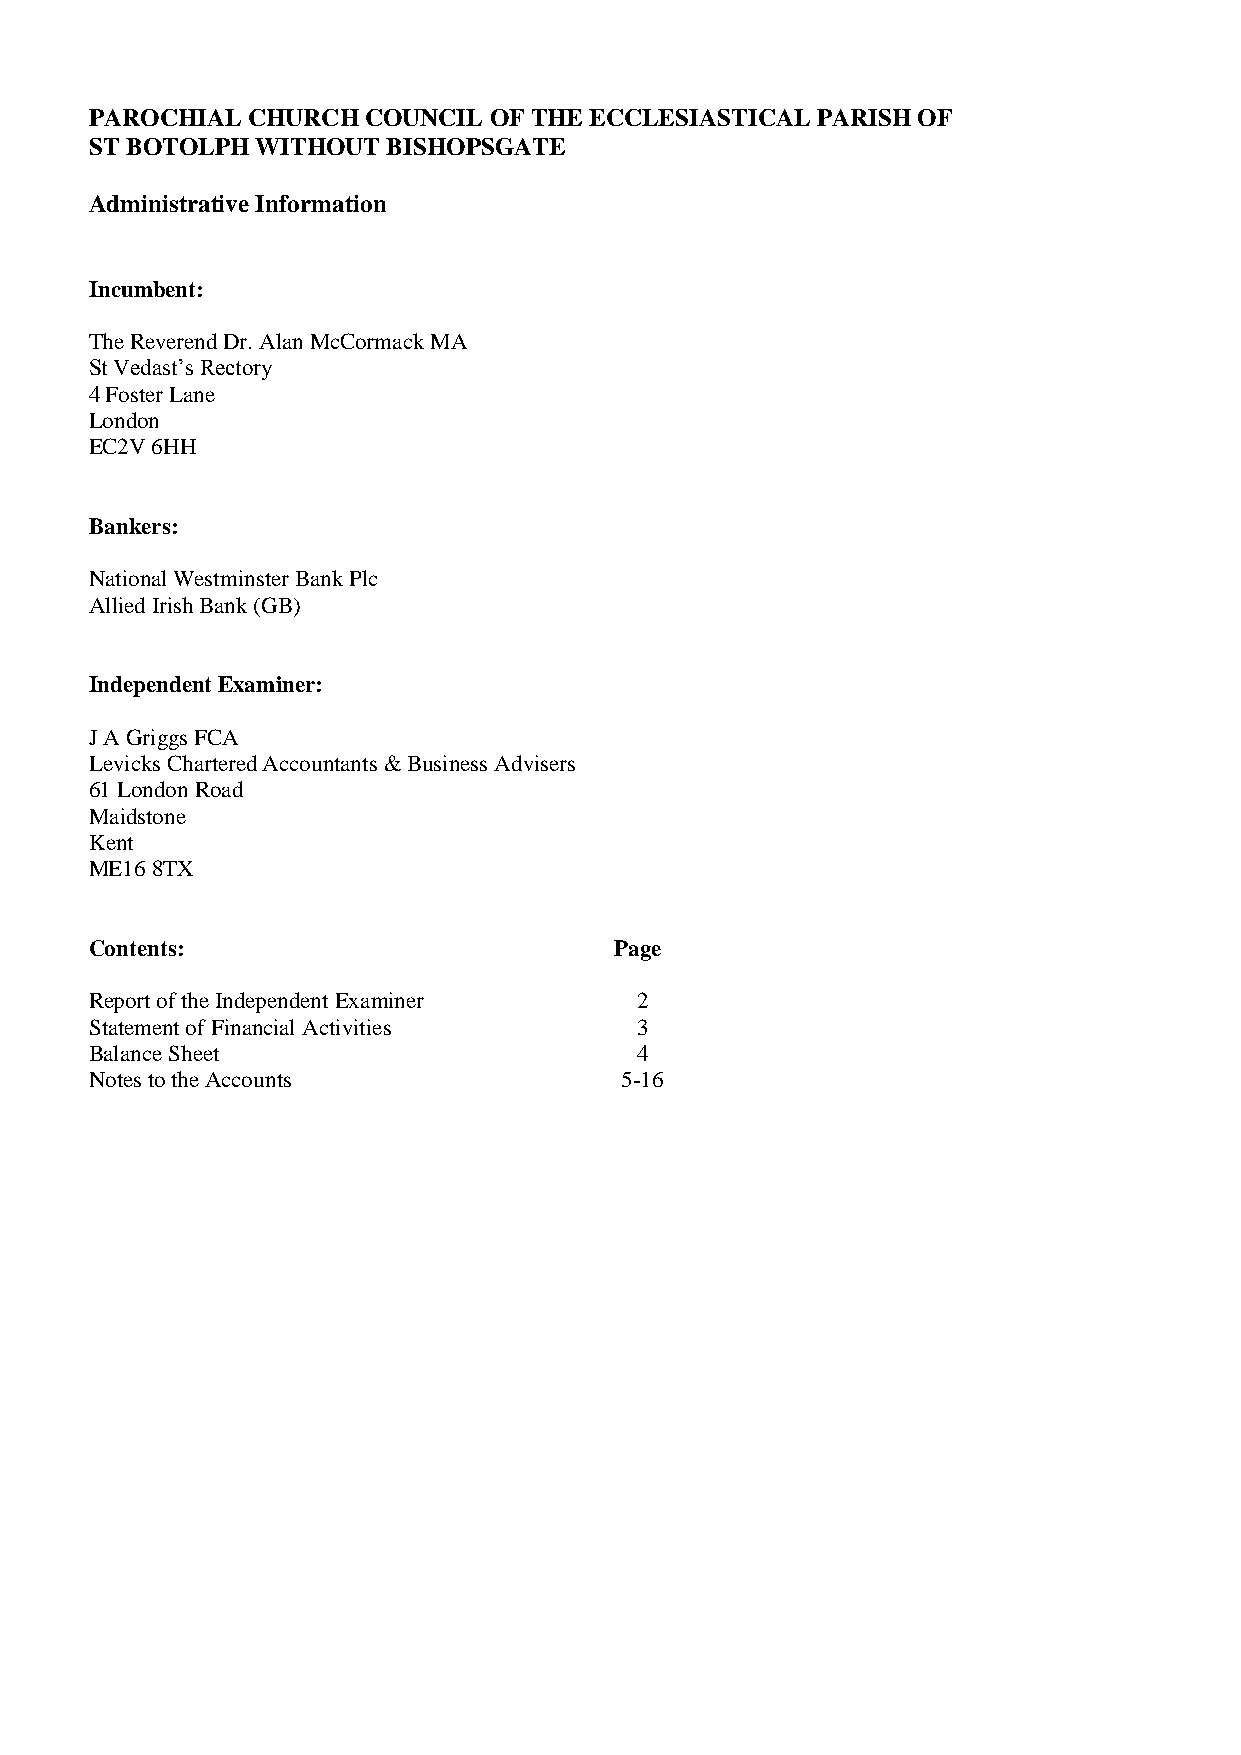
PAROCHIAL CHURCH  COUNCIL OF THE ECCLESIASTICAL PARISH OF
 ST BOTOLPH WITHOUT  BISHOPSGATE
 Administrative Information
 Incumbent:
 The Reverend Dr. Alan McCormack MA
 St Vedast’s Rectory
 4 Foster Lane
 London
 EC2V 6HH
 Bankers:
 National Westminster Bank Plc
 Allied Irish Bank (GB)
 Independent Examiner:
 J A Griggs FCA
 Levicks Chartered Accountants & Business Advisers
 61 London Road
 Maidstone
 Kent
 ME16 8TX
 Contents:                          Page
 Report of the Independent Examiner  2
 Statement of Financial Activities   3
 Balance Sheet                       4
 Notes to the Accounts              5-16